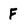
Character: F